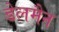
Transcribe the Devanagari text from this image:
डेलमैन